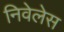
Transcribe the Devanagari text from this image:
निवेलेस